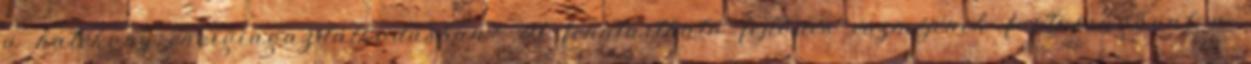
a hatékony energiagazdálkodásban? A fenntartható fejlődés eszméjének fontosságával a